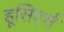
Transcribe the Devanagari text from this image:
हूसिएर्स